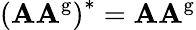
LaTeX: \left(\mathbf{A}\mathbf{A}^{\mathrm{{g}}}\right)^{*}=\mathbf{A}\mathbf{A}^{\mathrm{{g}}}